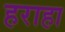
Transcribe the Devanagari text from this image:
हराहा